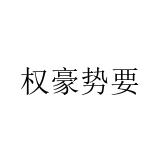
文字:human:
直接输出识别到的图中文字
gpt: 权豪势要